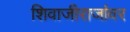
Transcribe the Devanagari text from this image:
शिवाजीराजांवर